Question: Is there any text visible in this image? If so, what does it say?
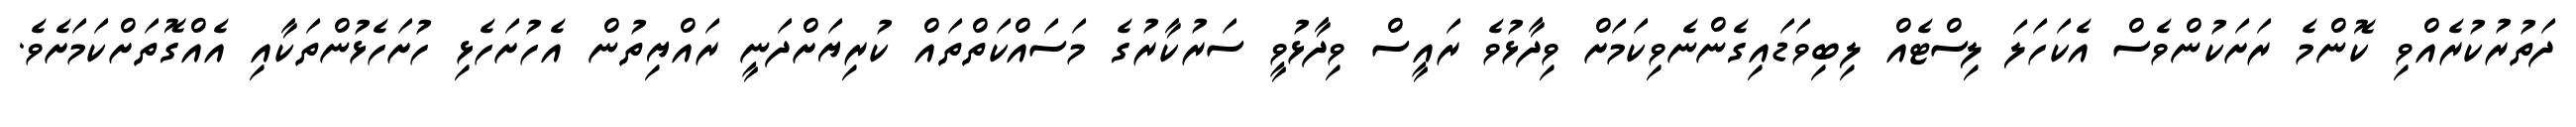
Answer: ދަތުރުކުރެއްވި ކޮންމެ ރަށަކުންވެސް އެކަހަލަ ލިސްޓެއް ލިބިވަޑައިގެންނެވިކަމަށް ވިދާޅުވެ ރައީސް ވިދާޅުވީ ސަރުކާރުގެ މަސައްކަތްތައް ކުރިޔަށްދަނީ ރައްޔިތުން އެހުށަހެޅި ހުށަހެޅުންތަކާއި އެއްގޮތަށްކަމަށެވެ.